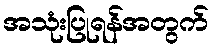
အသုံးပြုရန်အတွက်